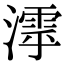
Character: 𣿋